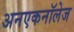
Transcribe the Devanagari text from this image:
अनएकनॉलेज